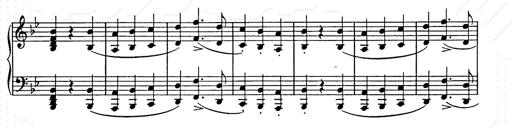
Title: Weihnachtsbaum
Composer: Franz Liszt